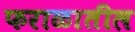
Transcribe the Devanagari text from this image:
फराळातील